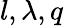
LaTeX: l,\lambda,q